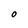
Character: O